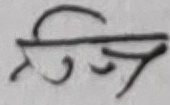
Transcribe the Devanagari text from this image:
स्तूप